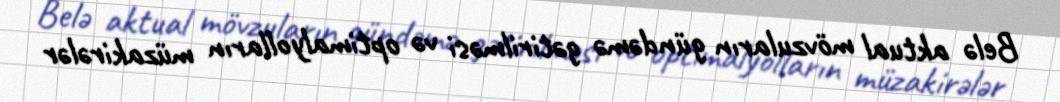
Belə aktual mövzuların gündəmə gətirilməsi və optimalyolların müzakirələr